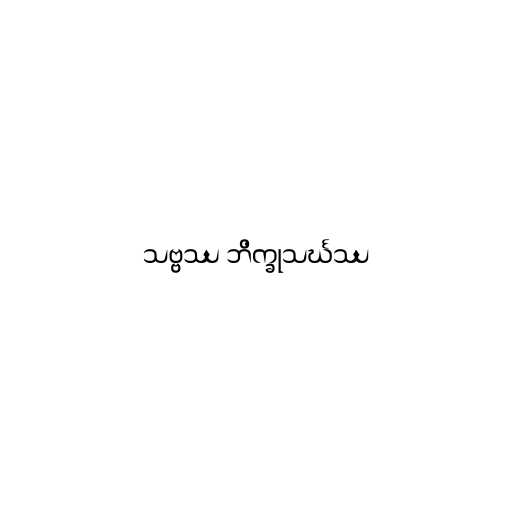
သဗ္ဗဿ ဘိက္ခုသင်္ဃဿ